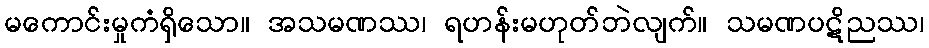
မကောင်းမှုကံရှိသော။ အသမဏဿ၊ ရဟန်းမဟုတ်ဘဲလျက်။ သမဏပဋိညဿ၊